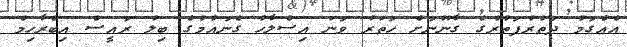
އެއްގަމު ދަތުރުފަތުރުގެ ގާނޫނަށް ހަތަރު ވަނަ އިސްލާހު ގެނައުމުގެ ބިލު ރައީސް އިބްރާހިމް